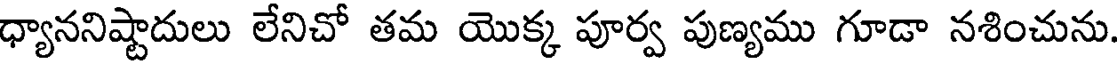
ధ్యాననిష్టాదులు లేనిచో తమ యొక్క పూర్వ పుణ్యము గూడా నశించును.